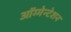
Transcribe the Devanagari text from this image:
ऑग्मेन्टेशन